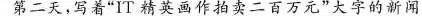
第二天，写着”IT精英画作拍卖二百万元”大字的新闻